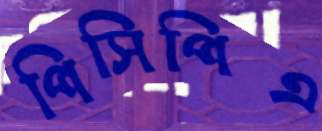
পিসিপিএ